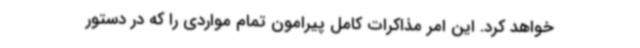
خواهد کرد. این امر مذاکرات کامل پیرامون تمام مواردی را که در دستور